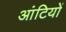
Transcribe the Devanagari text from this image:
आंटियों